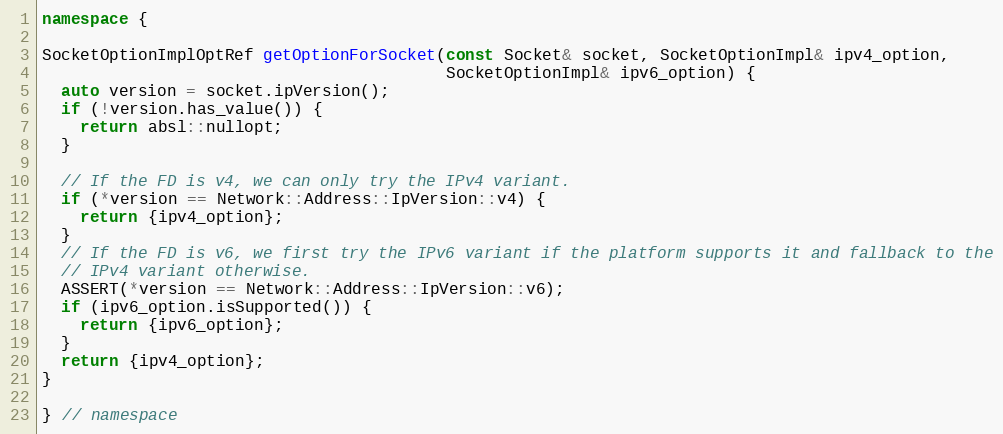
Language: C++
namespace {

SocketOptionImplOptRef getOptionForSocket(const Socket& socket, SocketOptionImpl& ipv4_option,
                                          SocketOptionImpl& ipv6_option) {
  auto version = socket.ipVersion();
  if (!version.has_value()) {
    return absl::nullopt;
  }

  // If the FD is v4, we can only try the IPv4 variant.
  if (*version == Network::Address::IpVersion::v4) {
    return {ipv4_option};
  }
  // If the FD is v6, we first try the IPv6 variant if the platform supports it and fallback to the
  // IPv4 variant otherwise.
  ASSERT(*version == Network::Address::IpVersion::v6);
  if (ipv6_option.isSupported()) {
    return {ipv6_option};
  }
  return {ipv4_option};
}

} // namespace